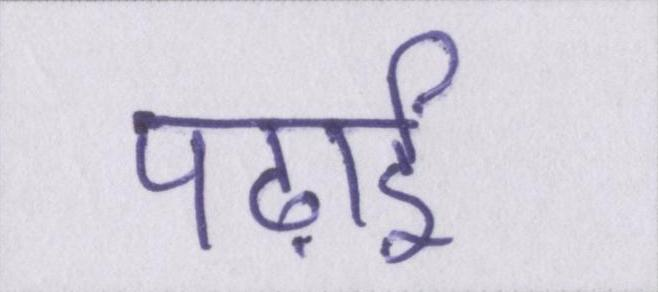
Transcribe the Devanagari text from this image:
पढ़ाई